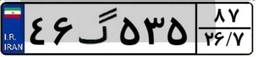
۰۲گ۶۶۷۸۰